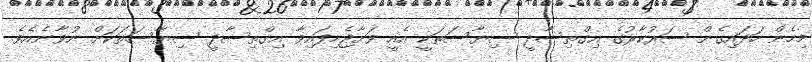
މިހެން ހަދައިގެން ސަރުކާރުގެ އިގްތިސާދީ ސިޔާސަތަކީ އެއީ ވަށާޖެހިފައިވާ އިގްތިސާދީ ސިޔާސަތަކަށް ނުވާނެއެވެ.